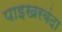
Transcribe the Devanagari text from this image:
पाइखरबंदा